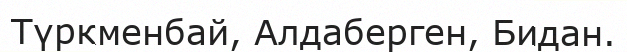
Түркменбай, Алдаберген, Бидан.